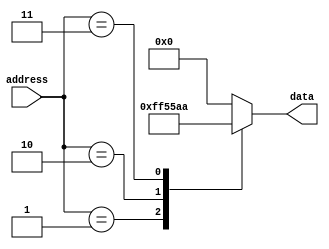
module Fuse_ROM(
  input wire [7:0] address,
  output reg [7:0] data
);

// Define the pre-programmed data values using a fuse matrix
// In this example, the data values are hardcoded for simplicity
parameter DATA_VALUE_0 = 8'b00000000;
parameter DATA_VALUE_1 = 8'b11111111;
parameter DATA_VALUE_2 = 8'b01010101;
parameter DATA_VALUE_3 = 8'b10101010;

always @* begin
  case(address)
    8'b00000000: data = DATA_VALUE_0;
    8'b00000001: data = DATA_VALUE_1;
    8'b00000010: data = DATA_VALUE_2;
    8'b00000011: data = DATA_VALUE_3;
    // Add more cases for additional memory locations as needed
    default: data = 8'b00000000;
  endcase
end

endmodule